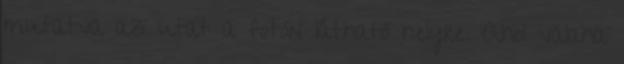
mutatva az utat a fotón látható helyre. Ahol valaha